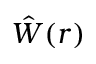
\hat { W } ( r )